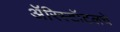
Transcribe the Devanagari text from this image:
ॲरिस्टॉटलचे